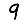
Digit: 9